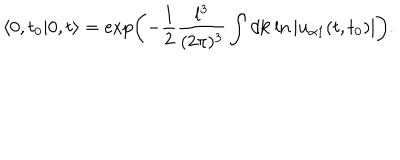
\left< 0 , t _ { 0 } | 0 , t \right> = \exp \left( - \frac { 1 } { 2 } \frac { l ^ { 3 } } { ( 2 \pi ) ^ { 3 } } \int d { \bf k } \ln | u _ { \alpha 1 } ( t , t _ { 0 } ) | \right) .